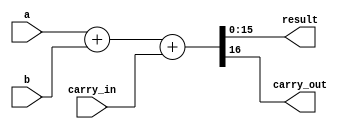
module adder16(
    input wire[15:0] a, b,
    input wire carry_in,
    output wire[15:0] result,
    output wire carry_out
);

assign {carry_out, result} = {1'b0, a} + {1'b0, b} + {16'b0, carry_in};

endmodule